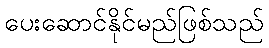
ပေးဆောင်နိုင်မည်ဖြစ်သည်